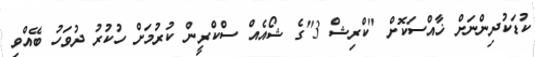
ކުޑަކުދިންނަށް ޚާއްސަކޮށް "ކްރިޝް 3"ގެ ޝޯއެއް ސްކްރީން ކުރުމަށް ހުކުރު ދުވަހު ބޭއްވި